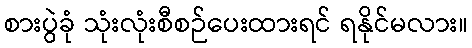
စားပွဲခုံ သုံးလုံးစီစဉ်ပေးထားရင် ရနိုင်မလား။